Civil Veterinary Dept. Bombay admin report 1893-99 - 1893-1899
Year: 1893
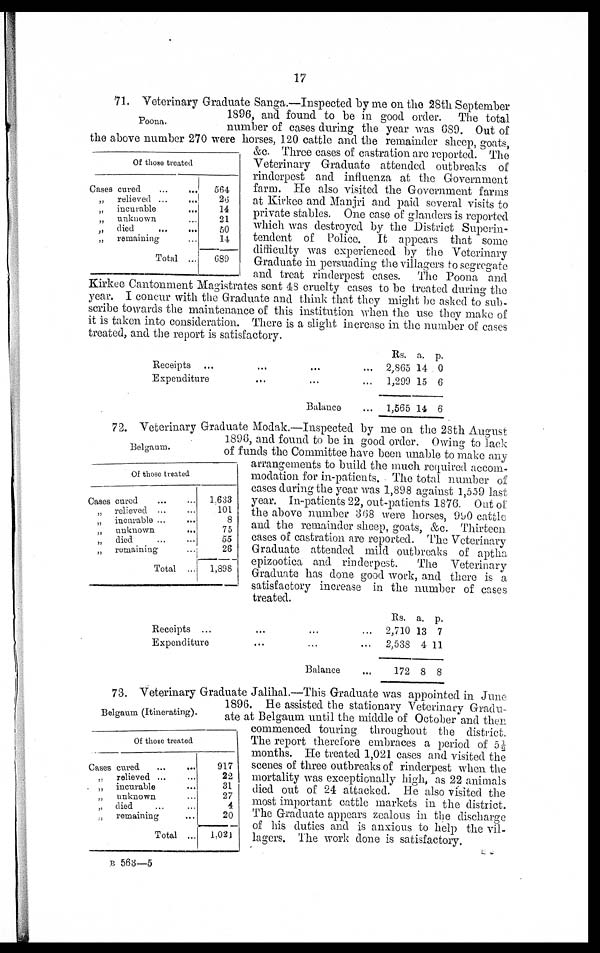
17
Poona.
Of those treated
Cases cured
...
...
„
relieved ...
...
„
incurable
...
„
unknown ...
„
died
...
...
„
remaining ...
Total ...
564
26
14
21
50
14
689
71. Veterinary Graduate Sanga.—Inspected by me on the 28th September
1896, and found to be in good order. The total
number of cases during the year was 689. Out of
the above number 270 were horses, 120 cattle and the remainder sheep, goats,
&c. Three cases of castration are reported. The
Veterinary Graduate attended outbreaks of
rinderpest and influenza at the Government
farm. He also visited the Government farms
at Kirkee and Manjri and paid several visits to
private stables. One case of glanders is reported
which was destroyed by the District Superin-
tendent of Police. It appears that some
difficulty was experienced by the Veterinary
Graduate in persuading the villagers to segregate
and treat rinderpest cases. The Poona and
Kirkee Cantonment Magistrates sent 48 cruelty cases to be treated during the
year. I concur with the Graduate and think that they might be asked to sub-
scribe towards the maintenance of this institution when the use they make of
it is taken into consideration. There is a slight increase in the number of cases
treated, and the report is satisfactory.
Receipts
...
... ...
Expenditure
... ...
Balance ...
Rs.
2,865
1,299
1,565
a.
14
15
14
p.
0
6
6
Belgaum.
Of those treated
Cases cured ... ...
„ relieved ... ...
„ incurable ...
...
„ unknown
...
„ died
...
...
„
remaining ...
Total ...
1,633
101
8
75
55
26
1,898
72. Veterinary Graduate Modak.—Inspected by me on the 28th August
1896, and found to be in good order. Owing to lack
of funds the Committee have been unable to make any
arrangements to build the much required accom-
modation for in-patients. The total number of
cases during the year was 1,898 against 1,559 last
year. In-patients 22, out-patients 1876. Out of
the above number 368 were horses, 990 cattle
and the remainder sheep, goats, &c. Thirteen
cases of castration are reported. The Veterinary
Graduate attended mild outbreaks of aptha
epizootica and rinderpest.
The Veterinary
Graduate has done good work, and there is a
satisfactory increase in the number of cases
treated.
Receipts ...
... ...
Expenditure
... ... ...
Balance ...
Rs.
2,710
2,538
172
a.
13
4
8
p.
7
11
8
Belgaum (Itinerating).
Of those treated
Cases cured
...
...
„
relieved ...
„ incurable ...
„
unknown ...
„ died ... ...
„ remaining ...
Total ...
917
22
31
27
4
20
1,021
73. Veterinary Graduate Jalihal.—This Graduate was appointed in June
1896. He assisted the stationary Veterinary Gradu-
ate at Belgaum until the middle of October and then
commenced touring throughout the district.
The report therefore embraces a period of 5½
months. He treated 1,021 cases and visited the
scenes of three outbreaks of rinderpest when the
mortality was exceptionally high, as 22 animals
died out of 24 attacked. He also visited the
most important cattle markets in the district.
The Graduate appears zealous in the discharge
of his duties and is anxious to help the vil-
lagers. The work done is satisfactory.
B 563—5